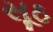
સૂઠ